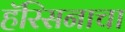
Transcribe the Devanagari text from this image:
हॅरिसनाचा